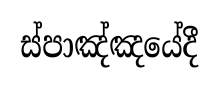
ස්පාඤ්ඤයේදී